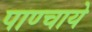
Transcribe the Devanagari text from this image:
पाण्चाये